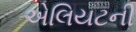
એલિયટની